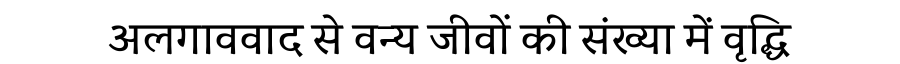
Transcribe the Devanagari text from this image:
अलगाववाद से वन्य जीवों की संख्या में वृद्धि